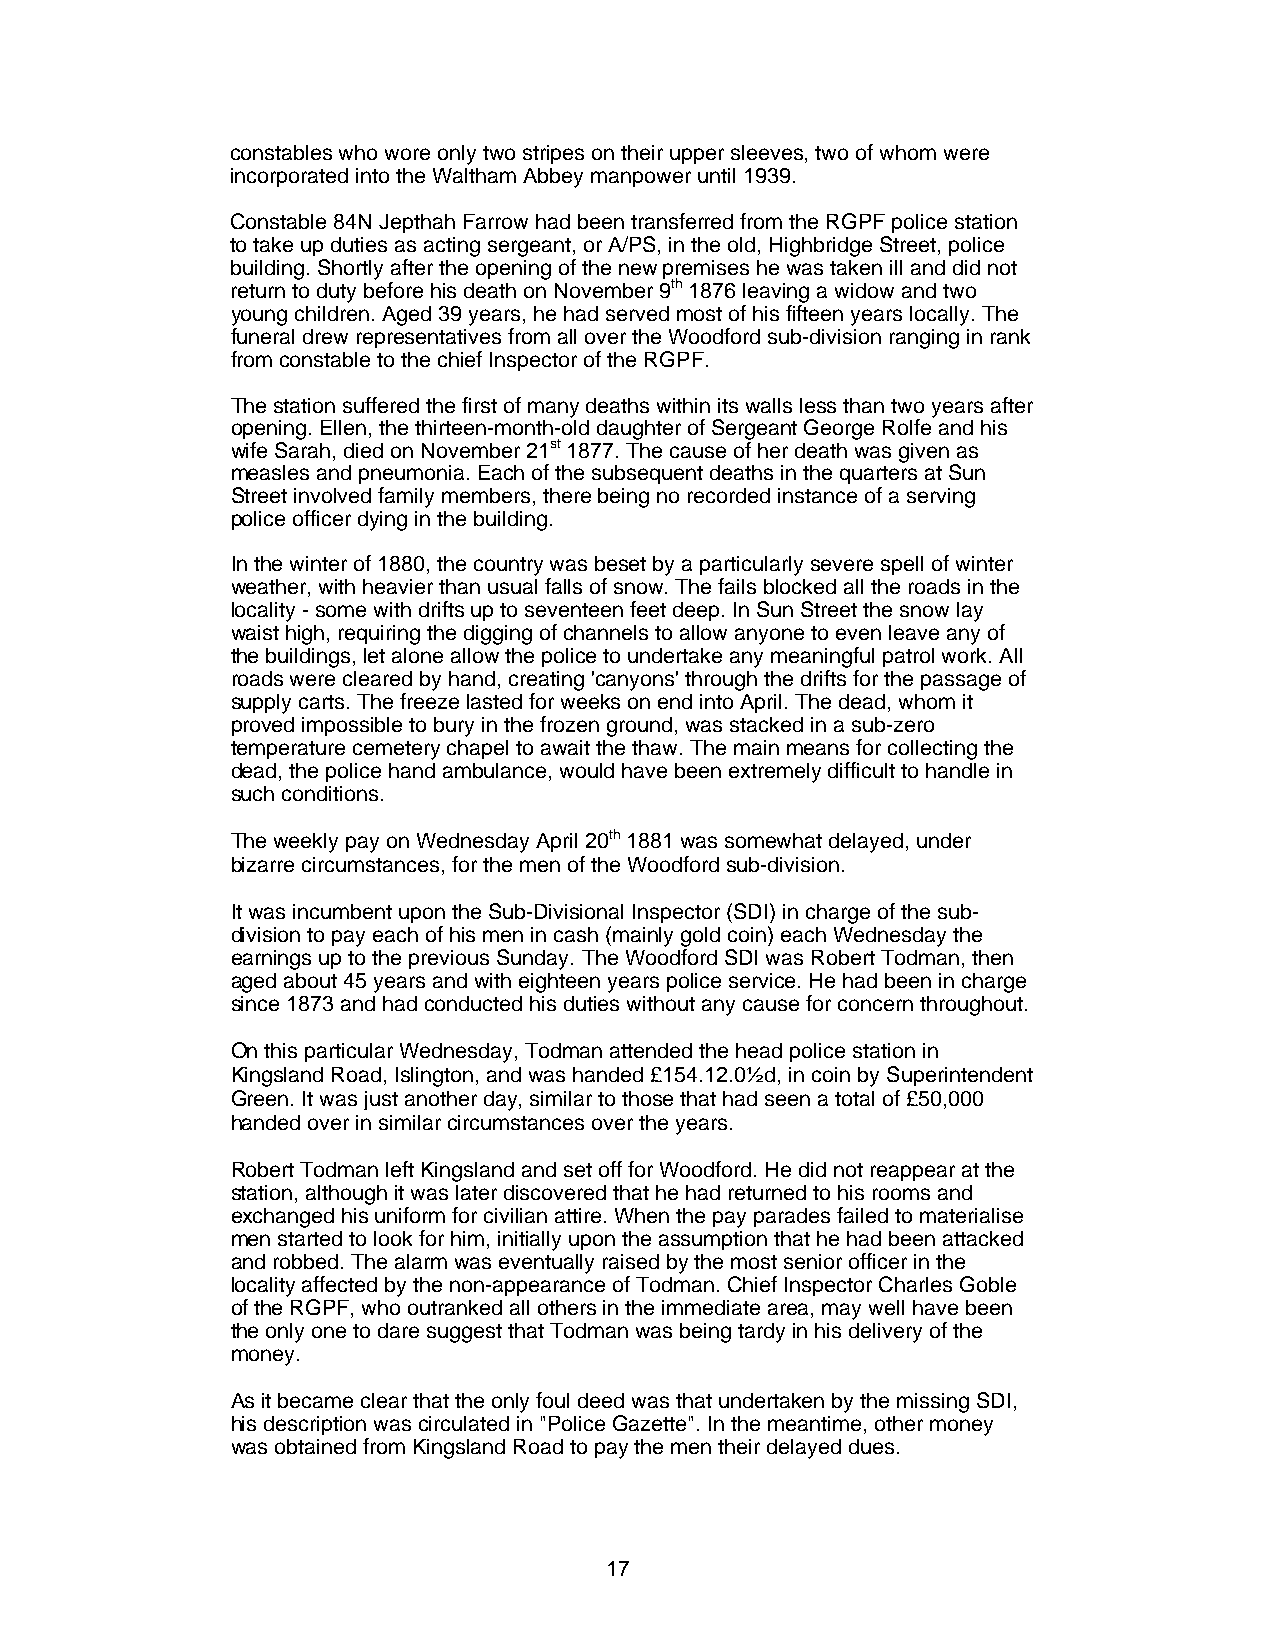
constables who wore only two stripes on their upper sleeves, two of whom were
 incorporated into the Waltham Abbey manpower until 1939.
 Constable 84N Jepthah Farrow had been transferred from the RGPF police station
 to take up duties as acting sergeant, or A/PS, in the old, Highbridge Street, police
 building. Shortly after the opening of the new premises he was taken ill and did not
 return to duty before his death on November 9th 1876 leaving a widow and two
 young children. Aged 39 years, he had served most of his fifteen years locally. The
 funeral drew representatives from all over the Woodford sub-division ranging in rank
 from constable to the chief Inspector of the RGPF.
 The station suffered the first of many deaths within its walls less than two years after
 opening. Ellen, the thirteen-month-old daughter of Sergeant George Rolfe and his
 wife Sarah, died on November 21st 1877. The cause of her death was given as
 measles and pneumonia. Each of the subsequent deaths in the quarters at Sun
 Street involved family members, there being no recorded instance of a serving
 police officer dying in the building.
 In the winter of 1880, the country was beset by a particularly severe spell of winter
 weather, with heavier than usual falls of snow. The fails blocked all the roads in the
 locality - some with drifts up to seventeen feet deep. In Sun Street the snow lay
 waist high, requiring the digging of channels to allow anyone to even leave any of
 the buildings, let alone allow the police to undertake any meaningful patrol work. All
 roads were cleared by hand, creating 'canyons' through the drifts for the passage of
 supply carts. The freeze lasted for weeks on end into April. The dead, whom it
 proved impossible to bury in the frozen ground, was stacked in a sub-zero
 temperature cemetery chapel to await the thaw. The main means for collecting the
 dead, the police hand ambulance, would have been extremely difficult to handle in
 such conditions.
 The weekly pay on Wednesday April 20th 1881 was somewhat delayed, under
 bizarre circumstances, for the men of the Woodford sub-division.
 It was incumbent upon the Sub-Divisional Inspector (SDI) in charge of the sub-
 division to pay each of his men in cash (mainly gold coin) each Wednesday the
 earnings up to the previous Sunday. The Woodford SDI was Robert Todman, then
 aged about 45 years and with eighteen years police service. He had been in charge
 since 1873 and had conducted his duties without any cause for concern throughout.
 On this particular Wednesday, Todman attended the head police station in
 Kingsland Road, Islington, and was handed £154.12.0½d, in coin by Superintendent
 Green. It was just another day, similar to those that had seen a total of £50,000
 handed over in similar circumstances over the years.
 Robert Todman left Kingsland and set off for Woodford. He did not reappear at the
 station, although it was later discovered that he had returned to his rooms and
 exchanged his uniform for civilian attire. When the pay parades failed to materialise
 men started to look for him, initially upon the assumption that he had been attacked
 and robbed. The alarm was eventually raised by the most senior officer in the
 locality affected by the non-appearance of Todman. Chief Inspector Charles Goble
 of the RGPF, who outranked all others in the immediate area, may well have been
 the only one to dare suggest that Todman was being tardy in his delivery of the
 money.
 As it became clear that the only foul deed was that undertaken by the missing SDI,
 his description was circulated in "Police Gazette". In the meantime, other money
 was obtained from Kingsland Road to pay the men their delayed dues.
 17